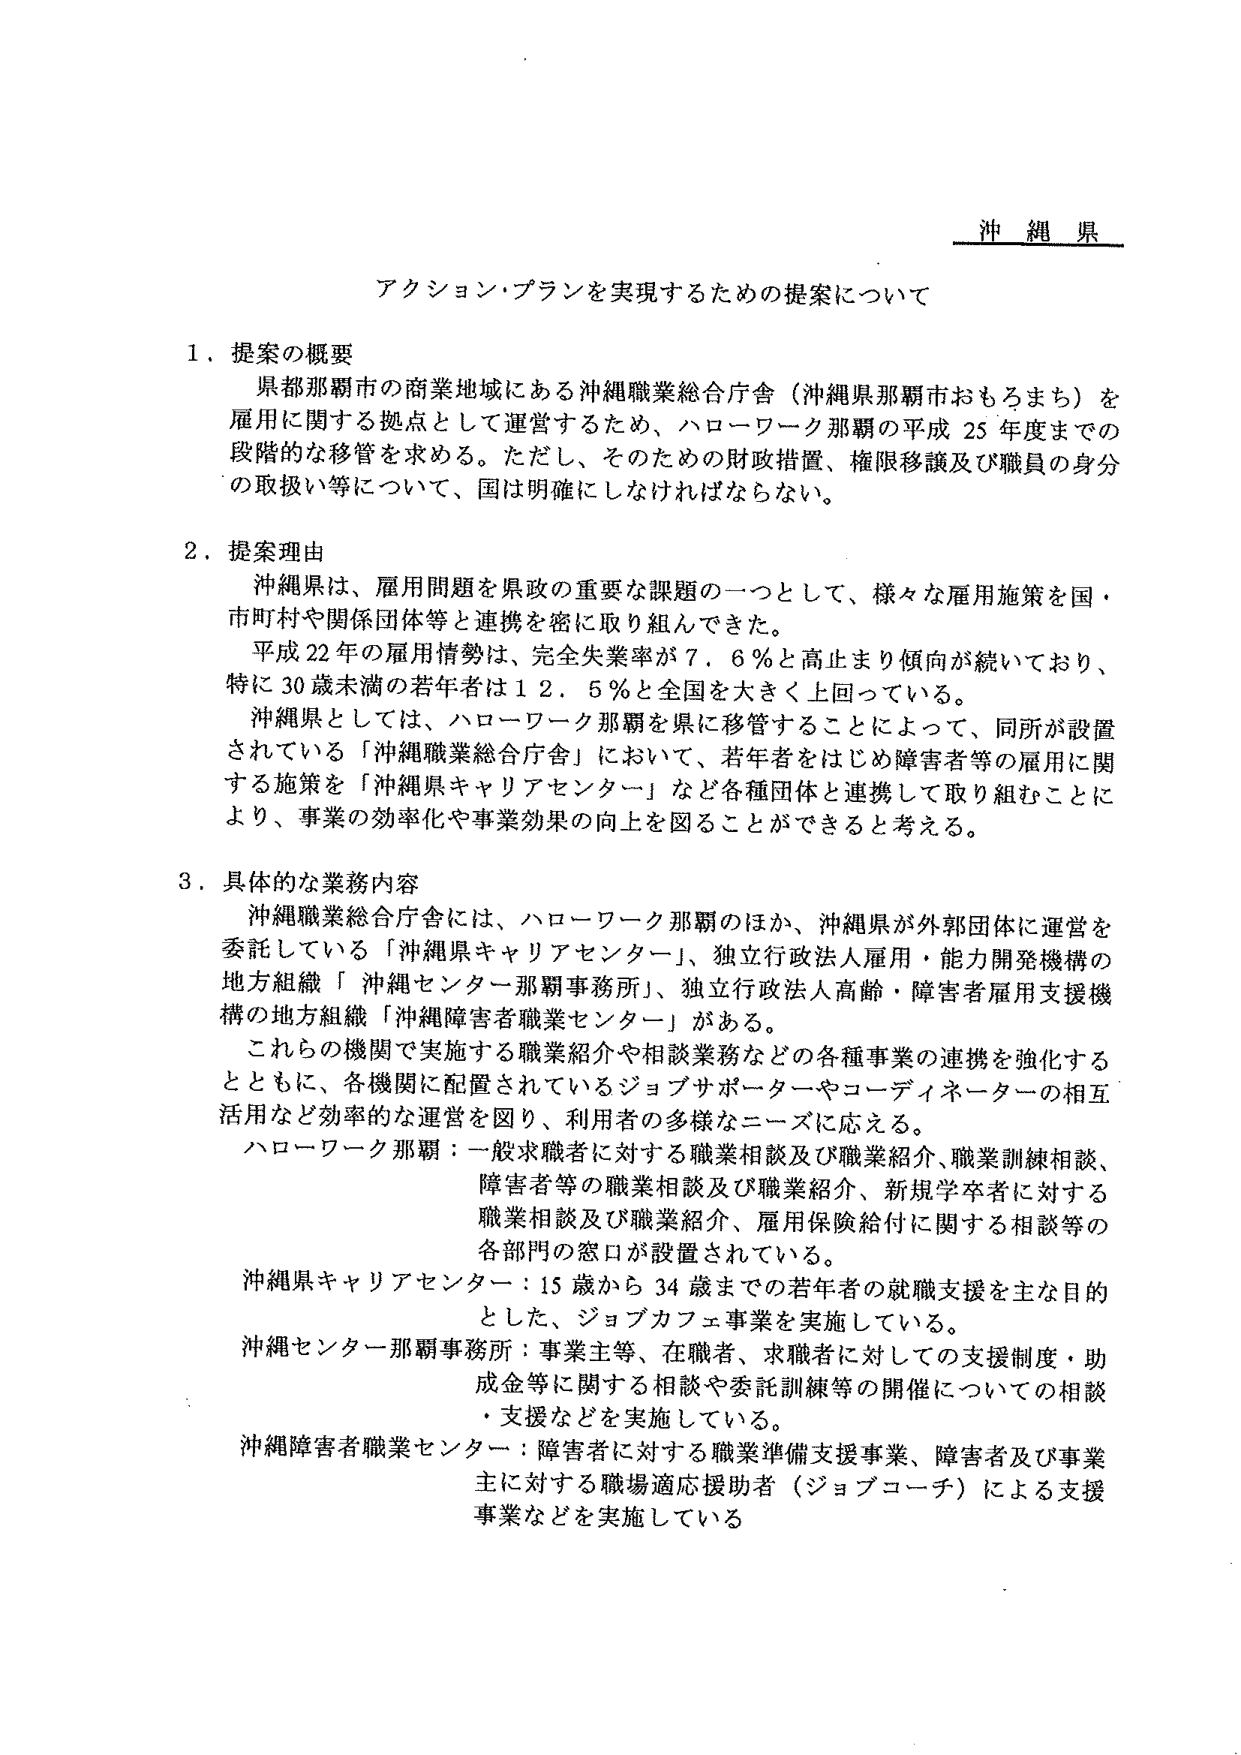
沖縄県

アクション・プランを実現するための提案について

１．提案の概要
県都那覇市の商業地域にある沖縄職業総合庁舎（沖縄県那覇市おもろまち）を
雇用に関する拠点として運営するため、ハローワーク那覇の平成25年度までの
段階的な移管を求める。ただし、そのための財政措置、権限移譲及び職員の身分
の取扱い等について、国は明確にしなければならない。

２．提案理由
沖縄県は、雇用問題を県政の重要な課題の一つとして、様々な雇用施策を国・
市町村や関係団体等と連携を密に取り組んできた。
平成22年の雇用情勢は、完全失業率が7.6％と高止まり傾向が続いており、
特に30歳未満の若年者は12.5％と全国を大きく上回っている。
沖縄県としては、ハローワーク那覇を県に移管することによって、同所が設置
されている「沖縄職業総合庁舎」において、若年者をはじめ障害者等の雇用に関
する施策を「沖縄県キャリアセンター」など各種団体と連携して取り組むことに
より、事業の効率化や事業効果の向上を図ることができると考える。

３．具体的な業務内容
沖縄職業総合庁舎には、ハローワーク那覇のほか、沖縄県が外郭団体に運営を
委託している「沖縄県キャリアセンター」、独立行政法人雇用・能力開発機構の
地方組織「沖縄センター那覇事務所」、独立行政法人高齢・障害者雇用支援機
構の地方組織「沖縄障害者職業センター」がある。
これらの機関で実施する職業紹介や相談業務などの各種事業の連携を強化する
とともに、各機関に配置されているジョブサポーターやコーディネーターの相互
活用など効率的な運営を図り、利用者の多様なニーズに応える。
ハローワーク那覇：一般求職者に対する職業相談及び職業紹介、職業訓練相談、
障害者等の職業相談及び職業紹介、新規学卒者に対する
職業相談及び職業紹介、雇用保険給付に関する相談等の
各部門の窓口が設置されている。
沖縄県キャリアセンター：15歳から34歳までの若年者の就職支援を主な目的
とした、ジョブカフェ事業を実施している。
沖縄センター那覇事務所：事業主等、在職者、求職者に対しての支援制度・助
成金等に関する相談や委託訓練等の開催についての相談
・支援などを実施している。
沖縄障害者職業センター：障害者に対する職業準備支援事業、障害者及び事業
主に対する職場適応援助者（ジョブコーチ）による支援
事業などを実施している